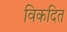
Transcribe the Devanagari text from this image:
विकदित